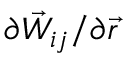
{ \partial \vec { W } _ { i j } } / { \partial { \vec { r } } }